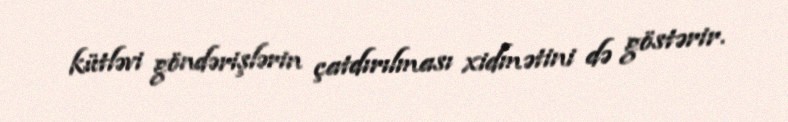
kütləvi göndərişlərin çatdırılması xidmətini də göstərir.